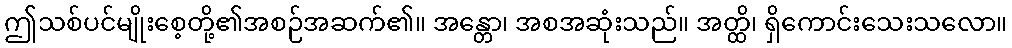
ဤသစ်ပင်မျိုးစေ့တို့၏အစဉ်အဆက်၏။ အန္တော၊ အစအဆုံးသည်။ အတ္ထိ၊ ရှိကောင်းသေးသလော။